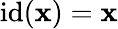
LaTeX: \operatorname{id}(\mathbf{x})=\mathbf{x}